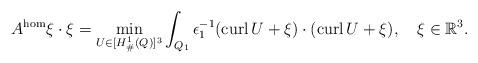
LaTeX: \begin{align*}A^{\rm hom}\xi\cdot\xi=\min_{U\in[H^1_{\#}(Q)]^3}\int_{Q_1}\epsilon_1^{-1}({\rm curl}\,U+\xi)\cdot({\rm curl}\,U+\xi),\ \ \ \xi\in{\mathbb R}^3.\end{align*}